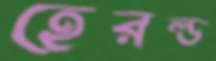
হেরল্ড